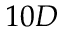
1 0 D